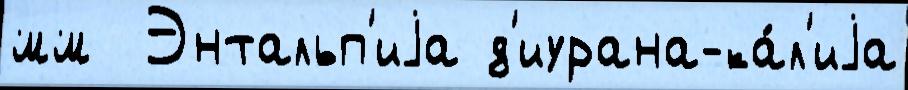
мм  Энтальп'иjа д'иурана-ка́л'иjа